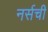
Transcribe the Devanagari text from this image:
नर्सची